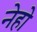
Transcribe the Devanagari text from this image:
नेहो